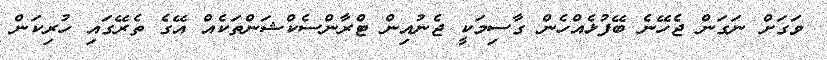
ވަގަށް ނަގަން ޖެހޭނެ ބޭފުޅެއްހެން ގާސިމަކީ ޖެނުއިން ޓްރާންސެކްޝަންތަކެއް އޭގެ ތެރޭގައި ހުރިކަން